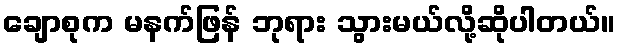
ချောစုက မနက်ဖြန် ဘုရား သွားမယ်လို့ဆိုပါတယ်။